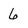
Character: 6